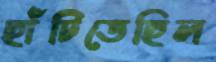
ছাঁটিতেছিল